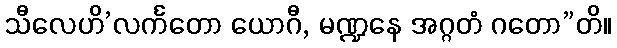
သီလေဟိ’လင်္ကတော ယောဂီ, မဏ္ဍနေ အဂ္ဂတံ ဂတော”တိ။